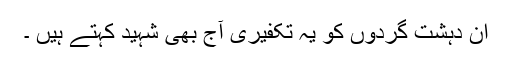
ان دہشت گردوں کو یہ تکفیری آج بھی شہید کہتے ہیں ۔